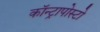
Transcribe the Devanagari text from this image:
कॉन्ट्रापोस्टो